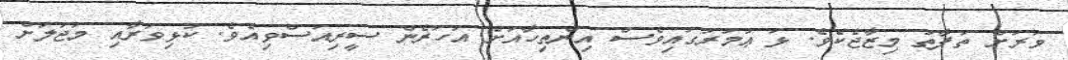
ވަރަށް ތަފާތު މިޒާޖެކެވެ. ޅަ ޢުމުރުގައިވެސް އިންތިހާއަށް އަހަރެން ސީރިއަސްވިއެވެ. ކުޅިވަރާއި މަޖަލަށް